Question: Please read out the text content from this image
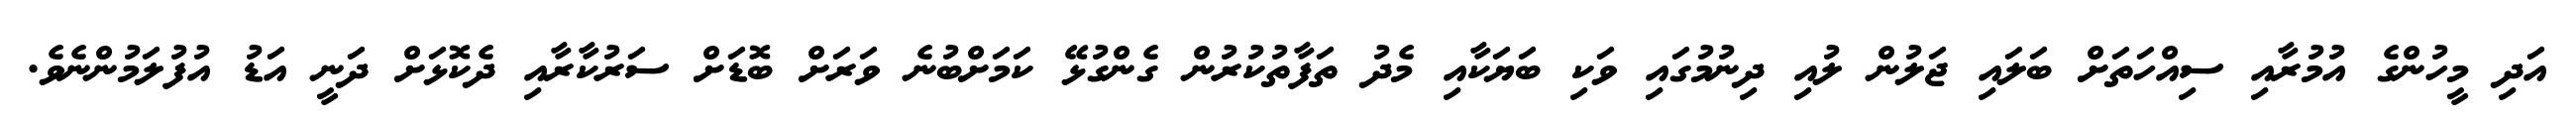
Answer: އަދި މީހުންގެ އުމުރާއި ސިއްހަތަށް ބަލައި ޖަލުން ލުއި ދިނުމުގައި ވަކި ބަޔަކާއި މެދު ތަފާތުކުރުން ގެންގުޅޭ ކަމަށްބުނެ ވަރަށް ބޮޑަށް ސަރުކާރާއި ދެކޮޅަށް ދަނީ އަޑު އުފުލަމުންނެވެ.